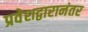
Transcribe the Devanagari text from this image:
प्रवेशद्वारानंतर